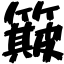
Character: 簸